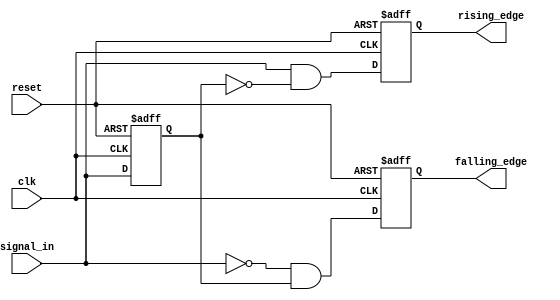
module dual_edge_detector (
    input wire clk,                // Clock signal
    input wire reset,              // Asynchronous reset signal
    input wire signal_in,          // Input signal to detect edges
    output reg rising_edge,        // Output signal for rising edge detection
    output reg falling_edge        // Output signal for falling edge detection
);

    reg previous_state;            // Memory element to store previous state of signal_in

    // Asynchronous reset and edge detection logic
    always @(posedge clk or posedge reset) begin
        if (reset) begin
            previous_state <= 1'b0; // Initialize previous state to low on reset
            rising_edge <= 1'b0;     // Initialize rising_edge output to low
            falling_edge <= 1'b0;    // Initialize falling_edge output to low
        end else begin
            // Edge detection logic
            rising_edge <= (signal_in && !previous_state); // Rising edge detected
            falling_edge <= (!signal_in && previous_state); // Falling edge detected
            
            // Store the current state for the next clock cycle
            previous_state <= signal_in;
        end
    end

endmodule